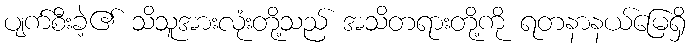
ပျက်စီးခဲ့၏ သိသူအားလုံးတို့သည် အသိတရားတို့ကို ရတနာနယ်မြေရှိ